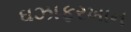
ઘઝાફરખાન